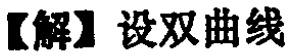
【解】设双曲线